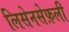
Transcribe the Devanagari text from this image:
लिसेनसेफ़ली